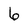
Character: 6